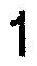
1